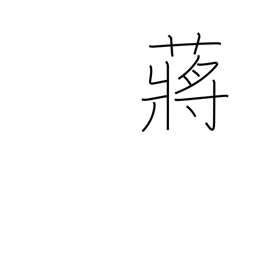
Meaning: hydropyrum latifalium